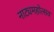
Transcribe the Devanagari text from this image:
नाट्यमहोत्सव